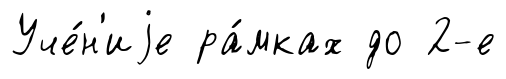
Уче́н'иjе ра́мках до 2-е